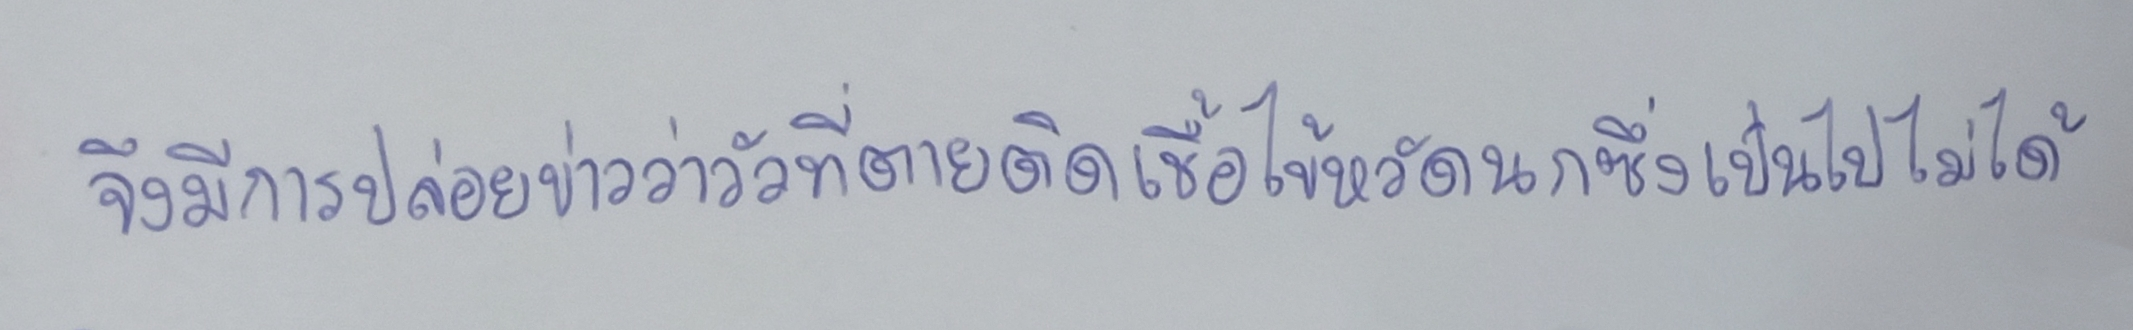
จึงมีการปล่อยข่าวว่าวัวที่ตายติดเชื้อไข้หวัดนกซึ่งเป็นไปไม่ได้